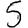
Digit: 5